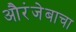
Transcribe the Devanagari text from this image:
औरंजेबाचा